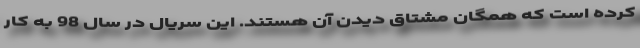
کرده است که همگان مشتاق دیدن آن هستند. این سریال در سال 98 به کار